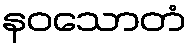
နဝသောတံ